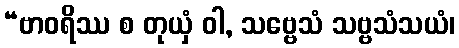
“ဗာဝရိဿ စ တုယှံ ဝါ, သဗ္ဗေသံ သဗ္ဗသံသယံ၊